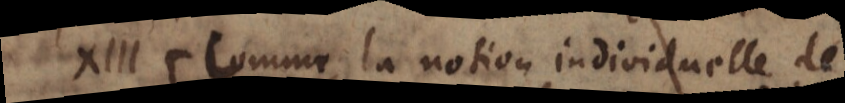
XIII. Comme la notion individuelle de